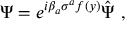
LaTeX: \Psi = e ^ { i \beta _ { a } \sigma ^ { a } f ( y ) } \hat { \Psi } \ ,